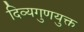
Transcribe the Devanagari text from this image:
दिव्यगुणयुक्त